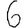
Digit: 6